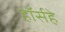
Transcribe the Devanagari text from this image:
हॉर्सहे